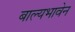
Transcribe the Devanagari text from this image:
बाल्यभावेन